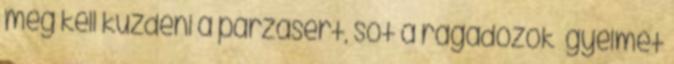
meg kell küzdeni a párzásért, sőt a ragadozók ﬁgyelmét